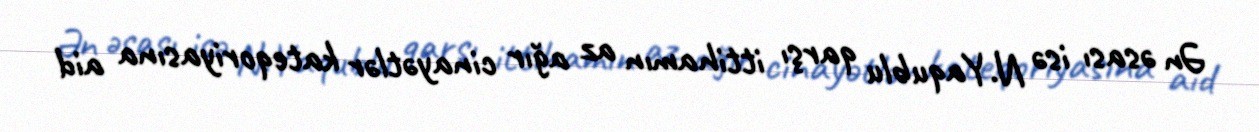
Ən əsası isə N.Yaqublu qarşı ittihamın az ağır cinayətlər kateqoriyasına aid